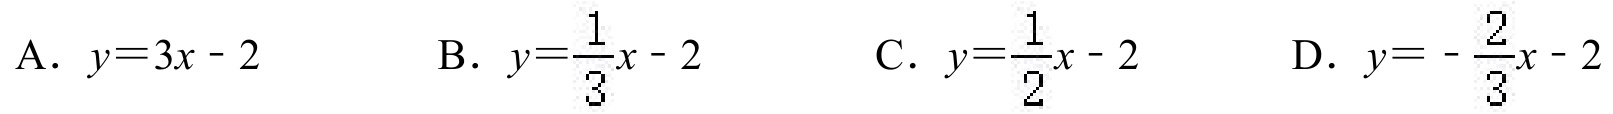
A. \(y = 3x - 2\)  B. \(y=\dfrac{1}{3}x - 2\)  C. \(y=\dfrac{1}{2}x - 2\)  D. \(y=-\dfrac{2}{3}x - 2\)